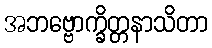
အဘဗ္ဗောက္ခိတ္တနာသိတာ